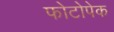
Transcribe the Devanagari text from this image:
फोटोपेक